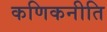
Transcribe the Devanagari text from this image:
कणिकनीति